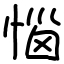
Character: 惱